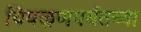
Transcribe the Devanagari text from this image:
चिपळूणपर्यंतच्या